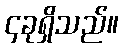
၄ခုရှိသည်။